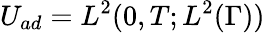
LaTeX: U_{ad}=L^{2}(0,T;L^{2}(\Gamma))